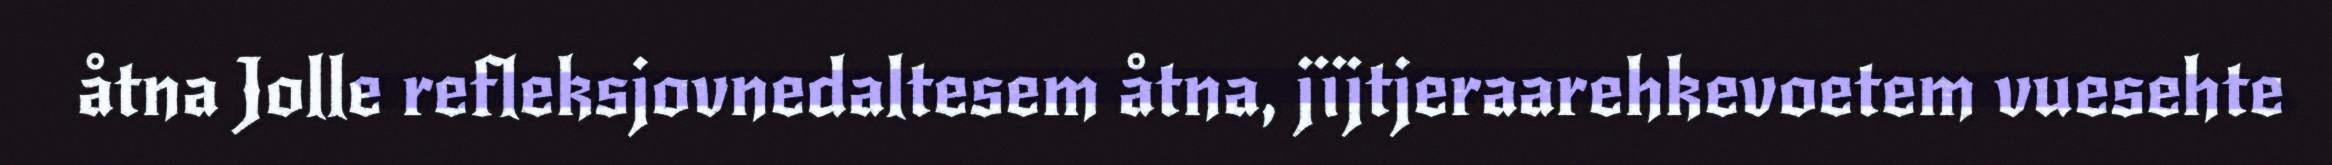
åtna Jolle refleksjovnedaltesem åtna, jïjtjeraarehkevoetem vuesehte